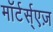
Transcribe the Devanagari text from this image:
माॅर्टर्स्एज़